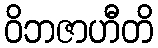
ဝိဘဇာဟီတိ